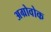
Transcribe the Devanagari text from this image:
अग्रोवोक